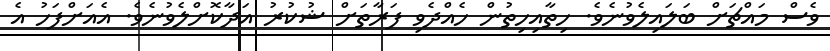
ވެސް މައްޗަށް ބަލައިލެވުނެވެ. ހިތާއިހިތުން ހެއްދެވި ފަރާތަށް ޝުކުރު އަދާކޮށްލެވުނެވެ. އެއަށްފަހު އެ